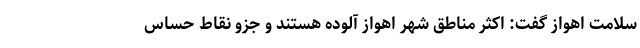
سلامت اهواز گفت: اکثر مناطق شهر اهواز آلوده هستند و جزو نقاط حساس